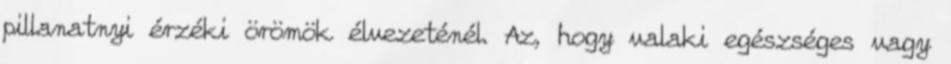
pillanatnyi érzéki örömök élvezeténél. Az, hogy valaki egészséges vagy